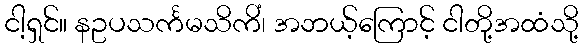
ငါ့ရှင်။ နဥပသင်္ကမသိကိံ၊ အဘယ့်ကြောင့် ငါတို့အထံသို့